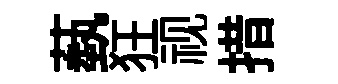
蓺狂视措